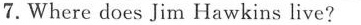
7.Where does Jim Hawkins live?